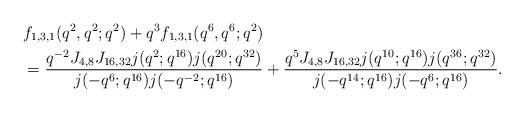
LaTeX: \begin{align*}&f_{1,3,1}(q^2,q^2;q^2)+ q^3f_{1,3,1}(q^6,q^6;q^2)\\&=\frac{q^{-2}J_{4,8}J_{16,32}j(q^2;q^{16})j(q^{20};q^{32})}{j(-q^{6};q^{16})j(-q^{-2};q^{16})} + \frac{q^{5}J_{4,8}J_{16,32}j(q^{10};q^{16})j(q^{36};q^{32})}{j(-q^{14};q^{16})j(-q^{6};q^{16})}.\end{align*}